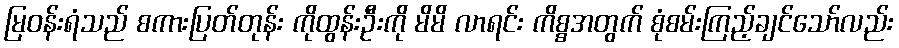
မြဝန်းရံသည် စကားပြတ်တုန်း ကိုထွန်းဦးကို မိမိ လာရင်း ကိစ္စအတွက် စုံစမ်းကြည့်ချင်သော်လည်း